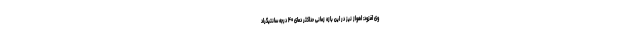
وی افزود: اهواز نیز در این بازه زمانی حداکثر دمای ۴۰ درجه سانتیگراد